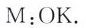
M:OK.